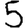
Digit: 5